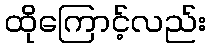
ထိုကြောင့်လည်း